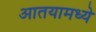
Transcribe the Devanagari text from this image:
आतयामध्ये